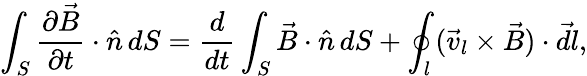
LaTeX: \int_{S}\frac{\partial\vec{B}}{\partial t}\cdot\hat{n}\, dS=\frac{d}{dt}\int_{S}\vec{B}\cdot\hat{n}\, dS+\oint_{l}(\vec{v}_{l}\times\vec{B})\cdot\vec{dl},